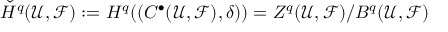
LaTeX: { \check { H } } ^ { q } ( { \mathcal { U } } , { \mathcal { F } } ) : = H ^ { q } ( ( C ^ { \bullet } ( { \mathcal { U } } , { \mathcal { F } } ) , \delta ) ) = Z ^ { q } ( { \mathcal { U } } , { \mathcal { F } } ) / B ^ { q } ( { \mathcal { U } } , { \mathcal { F } } )